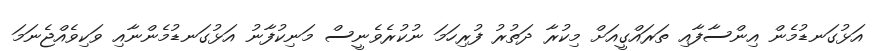
އަޅުގަނޑުމެން އިންސާފާއި ތަރައްގީއަށް މިކުރާ ދަތުރު ފުރިހަމަ ނުކުރެވެނީސް މަނިކުފާނު އަޅުގަނޑުމެންނާއި ވަކިވެއްޖެނަމަ